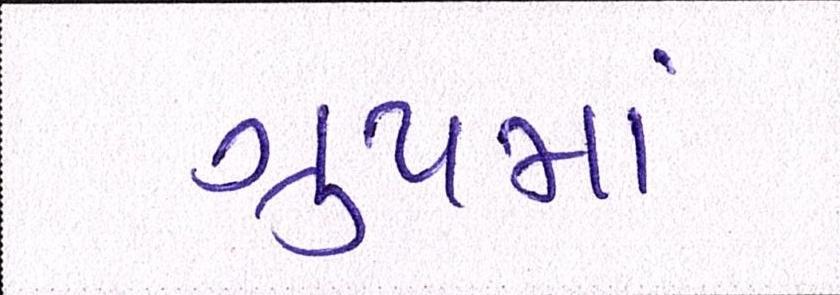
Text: ગુ્રપમાં